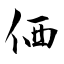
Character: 価